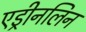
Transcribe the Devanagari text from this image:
एड्रीनलिन